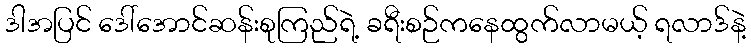
ဒါအပြင် ဒေါ်အောင်ဆန်းစုကြည်ရဲ့ ခရီးစဉ်ကနေထွက်လာမယ့် ရလာဒ်နဲ့